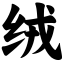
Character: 绒